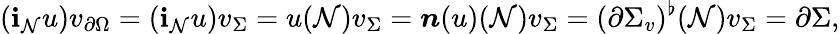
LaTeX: (\mathbf{i}_{\mathcal{{N}}}u)v_{\partial\Omega}=(\mathbf{i}_{\mathcal{{N}}}u)v_{\Sigma}=u(\mathcal{{N}})v_{\Sigma}=\boldsymbol{n}(u)(\mathcal{{N}})v_{\Sigma}=(\partial\Sigma_{v})^{\flat}(\mathcal{{N}})v_{\Sigma}=\partial\Sigma,